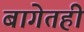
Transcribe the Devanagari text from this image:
बागेतही